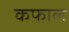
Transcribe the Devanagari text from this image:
कफाल